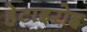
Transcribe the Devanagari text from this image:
हेटाइरोइ